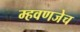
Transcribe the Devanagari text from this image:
म्हवणजेच